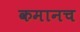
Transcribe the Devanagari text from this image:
कमानच